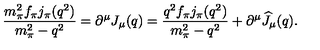
\displaystyle { \frac { m _ { \pi } ^ { 2 } f _ { \pi } j _ { \pi } ( q ^ { 2 } ) } { m _ { \pi } ^ { 2 } - q ^ { 2 } } = \partial ^ { \mu } J _ { \mu } ( q ) = \frac { q ^ { 2 } f _ { \pi } j _ { \pi } ( q ^ { 2 } ) } { m _ { \pi } ^ { 2 } - q ^ { 2 } } + \partial ^ { \mu } \widehat J _ { \mu } ( q ) . }